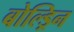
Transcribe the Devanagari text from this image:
बोल्ड्रिन